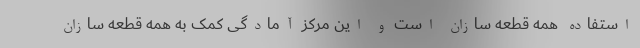
استفاده همه قطعه سازان است و این مرکز آمادگی کمک به همه قطعه سازان